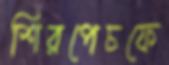
শিরপেচফে